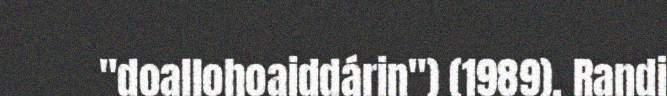
"doallohoaiddárin") (1989), Randi